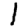
Digit: 1